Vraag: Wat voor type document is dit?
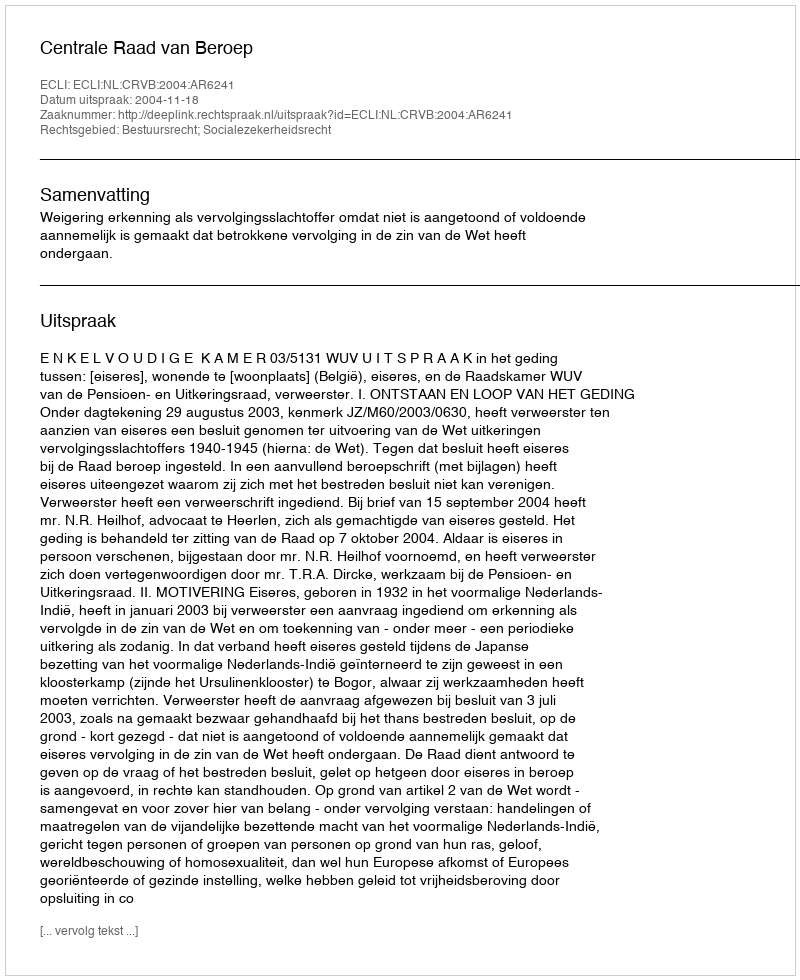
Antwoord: Uitspraak